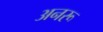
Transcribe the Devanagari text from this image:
अनरू